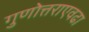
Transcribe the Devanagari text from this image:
गुणोत्तराएवढा